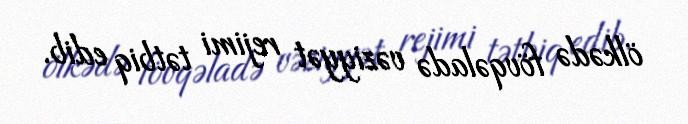
ölkədə fövqəladə vəziyyət rejimi tətbiq edib.